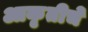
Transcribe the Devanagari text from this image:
आकृतीचे